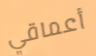
أعماقي